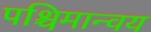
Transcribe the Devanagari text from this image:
पश्चिमान्वय